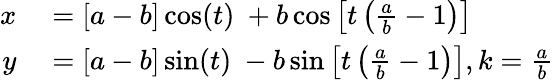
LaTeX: \begin{array}{rl}{x}&{{}=[a-b]\cos(t)\ +b\cos\left[t\left({\frac{a}{b}}-1\right)\right]}\\ {y}&{{}=[a-b]\sin(t)\ -b\sin\left[t\left({\frac{a}{b}}-1\right)\right],k={\frac{a}{b}}}\end{array}